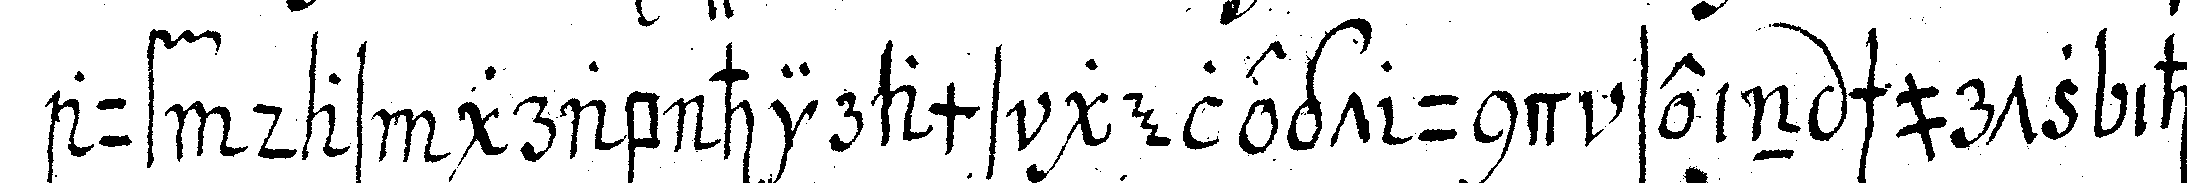
auf das grab hirams gelegt und sein schurtz ihm